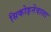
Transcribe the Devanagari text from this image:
सिकोड़नेवाला